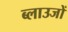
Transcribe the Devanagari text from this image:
ब्लाउजों